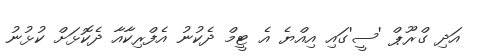
އަދި ގްރޫޕް 'ސީ'ގައި އިއްޔެ އެ ޓީމް ދެކުނު އެފްރިކާއާ ދެކޮޅަށް ކުޅުނު